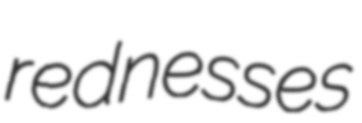
rednesses